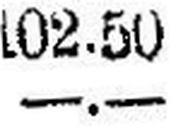
102.50